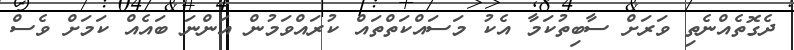
ދެގޮތެއްނެތި ވަރަށް ސާބިތުކަމާ އެކު މަސައްކަތްތައް ކުރައްވަމުން އަންނަ ބައެއް ކަމަށް ވެސް